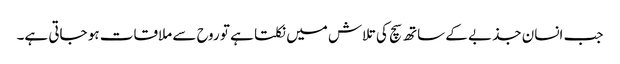
جب انسان جذبے کے ساتھ سچ کی تلاش میں نکلتا ہے تو روح سے ملاقات ہو جاتی ہے۔